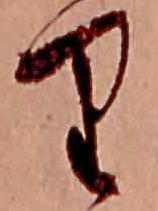
り